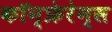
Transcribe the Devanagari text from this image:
कॉन्फ्रेरेन्स